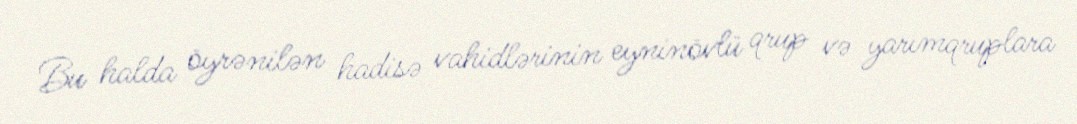
Bu halda öyrənilən hadisə vahidlərinin eyninövlü qrup və yarımqruplara